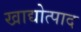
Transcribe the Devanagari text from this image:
खाद्योत्पाद